Leprosy in India: report of the Leprosy Commission in India, 1890-91
Year: 1890
Disease focus: Leprosy
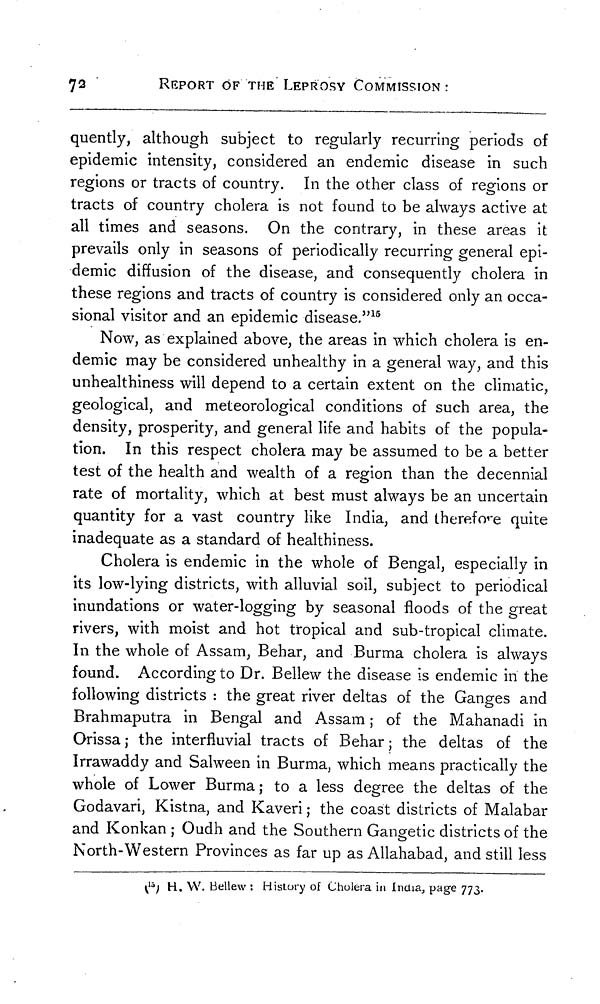
72
REPORT OF THE LEPROSY COMMISSION :
quently, although subject to regularly recurring periods of
epidemic intensity, considered an endemic disease in such
regions or tracts of country. In the other class of regions or
tracts of country cholera is not found to be always active at
all times and seasons. On the contrary, in these areas it
prevails only in seasons of periodically recurring general epi-
demic diffusion of the disease, and consequently cholera in
these regions and tracts of country is considered only an occa-
sional visitor and an epidemic disease." 15
Now, as explained above, the areas in which cholera is en-
demic may be considered unhealthy in a general way, and this
unhealthiness will depend to a certain extent on the climatic,
geological, and meteorological conditions of such area, the
density, prosperity, and general life and habits of the popula-
tion. In this respect cholera may be assumed to be a better
test of the health and wealth of a region than the decennial
rate of mortality, which at best must always be an uncertain
quantity for a vast country like India, and therefore quite
inadequate as a standard of healthiness.
Cholera is endemic in the whole of Bengal, especially in
its low-lying districts, with alluvial soil, subject to periodical
inundations or water-logging by seasonal floods of the great
rivers, with moist and hot tropical and sub-tropical climate.
In the whole of Assam, Behar, and Burma cholera is always
found. According to Dr. Bellew the disease is endemic in the
following districts : the great river deltas of the Ganges and
Brahmaputra in Bengal and Assam ; of the Mahanadi in
Orissa ; the interfluvial tracts of Behar ; the deltas of the
Irrawaddy and Salween in Burma, which means practically the
whole of Lower Burma ; to a less degree the deltas of the
Godavari, Kistna, and Kaveri ; the coast districts of Malabar
and Konkan ; Oudh and the Southern Gangetic districts of the
North-Western Provinces as far up as Allahabad, and still less
( 15 ) H. W. Bellew : History of Cholera in India, page 773.